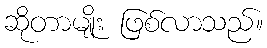
ဆိုတာမျိုး ဖြစ်လာသည်။